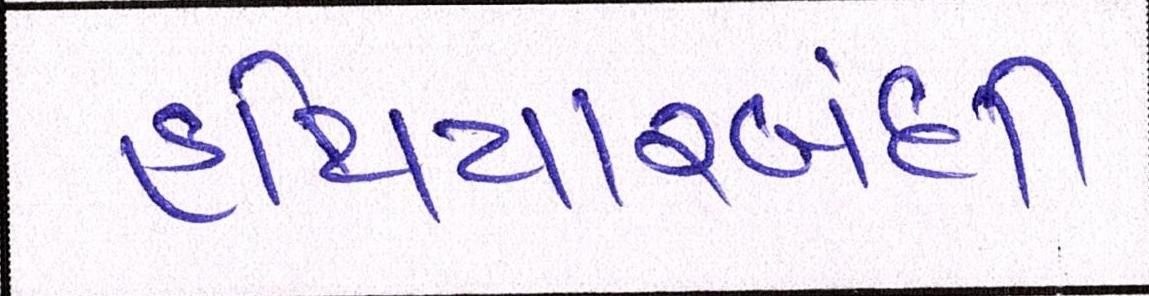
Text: હથિયારબંધી